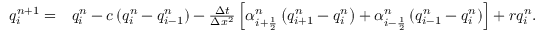
\begin{array} { r l } { q _ { i } ^ { n + 1 } = } & { q _ { i } ^ { n } - c \left( q _ { i } ^ { n } - q _ { i - 1 } ^ { n } \right) - \frac { \Delta t } { \Delta x ^ { 2 } } \left[ \alpha _ { i + \frac { 1 } { 2 } } ^ { n } \left( q _ { i + 1 } ^ { n } - q _ { i } ^ { n } \right) + \alpha _ { i - \frac { 1 } { 2 } } ^ { n } \left( q _ { i - 1 } ^ { n } - q _ { i } ^ { n } \right) \right] + r q _ { i } ^ { n } . } \end{array}